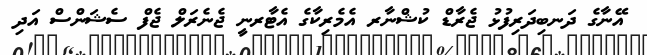
އޭނާގެ ދަނބިދަރިފުޅު ޖެރާޑް ކުޝްނާރ އެމެރިކާގެ އެޓާރނީ ޖެނެރަލް ޖެފް ސެޝަންސް އަދި